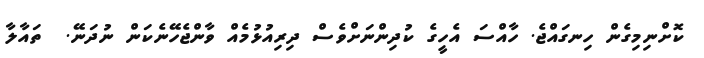
ކޮށްނިމިގެން ހިނގައްޖެ. ހާއްސަ އެހީގެ ކުދިންނަށްވެސް ދިރިއުޅުމެއް ވާންޖެހޭނެކަން ނުދަނޭ.  ތައާލާ